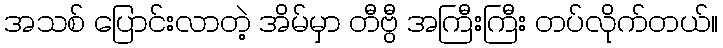
အသစ် ပြောင်းလာတဲ့ အိမ်မှာ တီဗွီ အကြီးကြီး တပ်လိုက်တယ်။